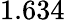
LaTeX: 1.634